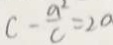
c - \frac { a ^ { 2 } } { c } = 2 0